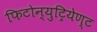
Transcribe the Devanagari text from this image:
फिटोन्युट्रियेण्ट